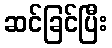
ဆင်ခြင်ပြီး